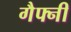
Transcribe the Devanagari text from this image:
गैफ्नी